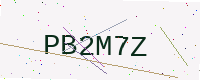
Text: PB2M7Z